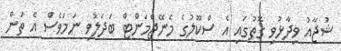
ޝުޖާއު ވިދާޅުވި ގޮތުގައި އެ ސްކޫލުގެ މެނޭޖްމަންޓް ބަދަލުވި ނަމަވެސް އެ ތަން